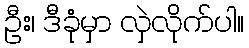
ဦး၊ ဒီခုံမှာ လှဲလိုက်ပါ။